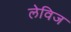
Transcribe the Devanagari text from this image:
लेविज